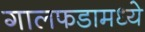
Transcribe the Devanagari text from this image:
गालफडामध्ये